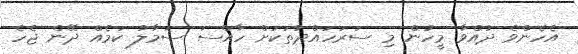
އެހެންވެ ދުއްވާ މީހުން މި ސަރަހައްދުތަކަށް ހާއްސަ ސަމާލު ކަމެއް ދޭން ޖެހެ